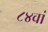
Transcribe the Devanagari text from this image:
८४वां